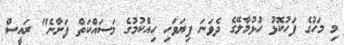
މި މަހުގެ ފަހުކޮޅު ހުޅުމާލޭގެ ދެވަނަ ފިޔަވަހި ހިއްކުމުގެ މަސައްކަތް ފަށާނެ" ރައީސް